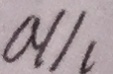
a / / c